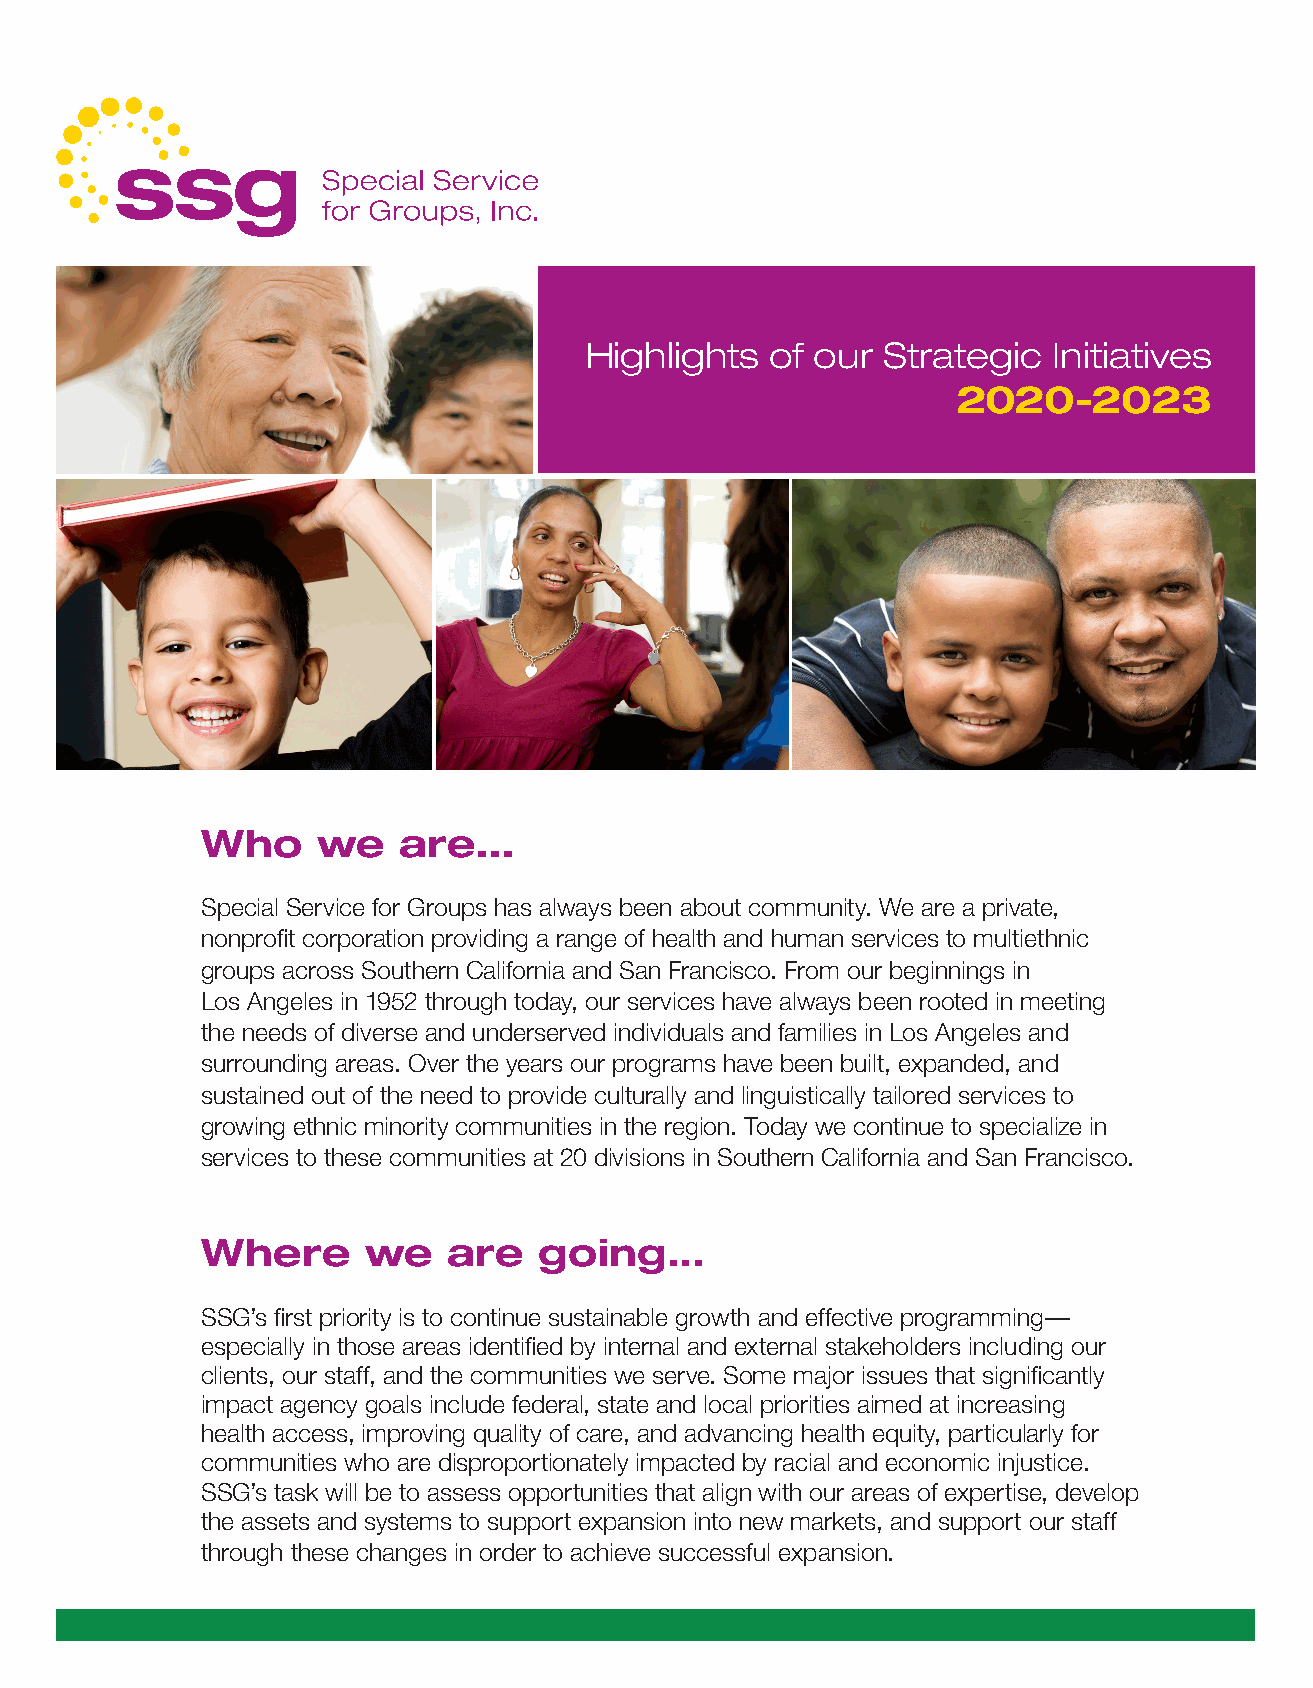
Highlights  of our Strategic   Initiatives
 2020-2023
 Who     we   are...
 Special Service for Groups has always been about community. We are a private,
 nonprofit corporation providing a range of health and human services to multiethnic
 groups across Southern California and San Francisco. From our beginnings in
 Los Angeles in 1952 through today, our services have always been rooted in meeting
 the needs of diverse and underserved individuals and families in Los Angeles and
 surrounding areas. Over the years our programs have been built, expanded, and
 sustained out of the need to provide culturally and linguistically tailored services to
 growing ethnic minority communities in the region. Today we continue to specialize in
 services to these communities at 20 divisions in Southern California and San Francisco.
 Where      we    are   going…
 SSG’s first priority is to continue sustainable growth and effective programming—
 especially in those areas identified by internal and external stakeholders including our
 clients, our staff, and the communities we serve. Some major issues that significantly
 impact agency goals include federal, state and local priorities aimed at increasing
 health access, improving quality of care, and advancing health equity, particularly for
 communities who are disproportionately impacted by racial and economic injustice.
 SSG’s task will be to assess opportunities that align with our areas of expertise, develop
 the assets and systems to support expansion into new markets, and support our staff
 through these changes in order to achieve successful expansion.